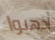
أذهبوا